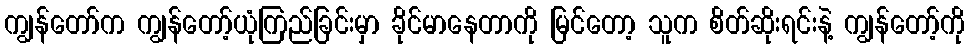
ကျွန်တော်က ကျွန်တော့်ယုံကြည်ခြင်းမှာ ခိုင်မာနေတာကို မြင်တော့ သူက စိတ်ဆိုးရင်းနဲ့ ကျွန်တော့်ကို